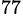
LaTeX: ^\mathrm{77}